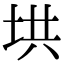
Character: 垬